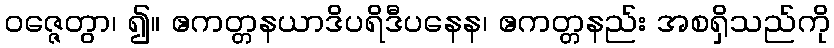
ဝဇ္ဇေတွာ၊ ၍။ ဧကတ္တနယာဒိပရိဒီပနေန၊ ဧကတ္တနည်း အစရှိသည်ကို